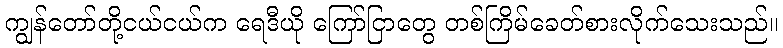
ကျွန်တော်တို့ငယ်ငယ်က ရေဒီယို ကြော်ငြာတွေ တစ်ကြိမ်ခေတ်စားလိုက်သေးသည်။